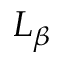
L _ { \beta }